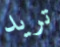
تريد